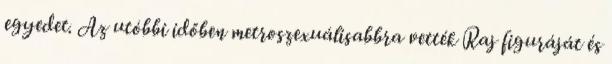
egyedet. Az utóbbi időben metroszexuálisabbra vették Raj figuráját és